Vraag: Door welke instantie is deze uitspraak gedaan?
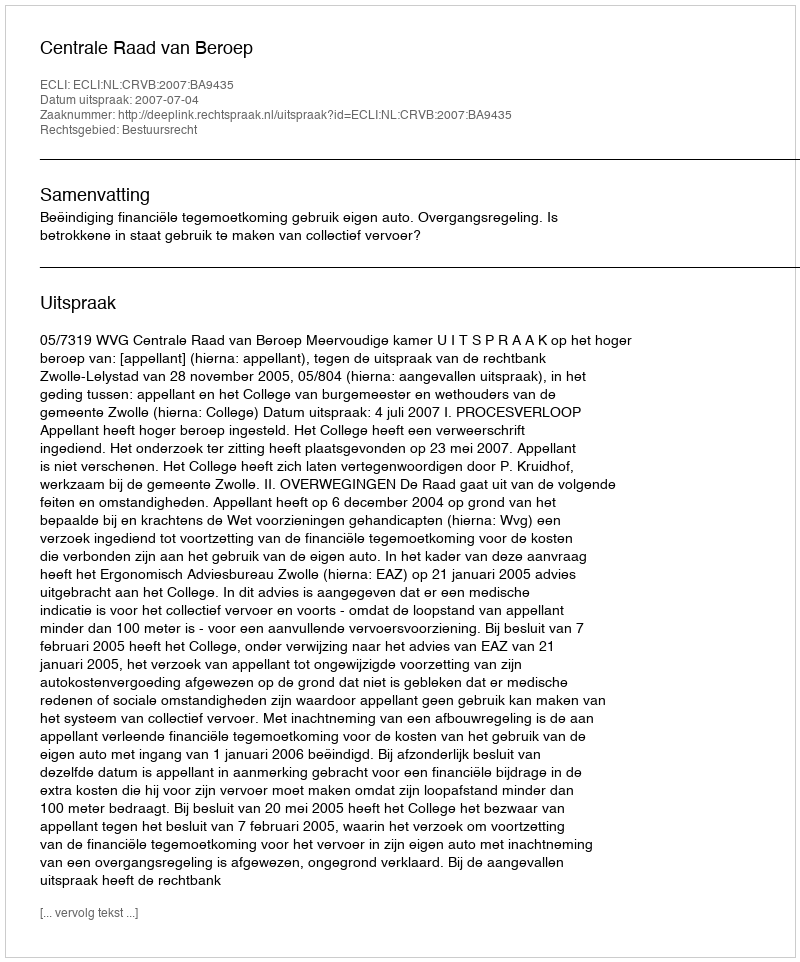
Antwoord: Centrale Raad van Beroep